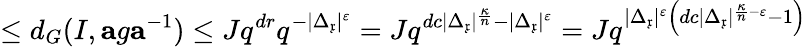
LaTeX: \leq d_{G}(I,\mathbf{a}g\mathbf{a}^{-1})\leq Jq^{dr}q^{-\vert\Delta_{\mathfrak{x}}\vert^{\varepsilon}}=Jq^{dc\vert\Delta_{\mathfrak{x}}\vert^{\frac{\kappa}{n}}-\vert\Delta_{\mathfrak{x}}\vert^{\varepsilon}}=Jq^{\vert\Delta_{\mathfrak{x}}\vert^{\varepsilon}\left(dc\vert\Delta_{\mathfrak{x}}\vert^{\frac{\kappa}{n}-\varepsilon}-1\right)}